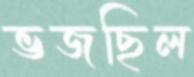
ভজছিল